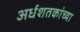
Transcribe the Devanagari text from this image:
अर्धशतकांच्या